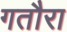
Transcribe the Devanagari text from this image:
गतौरा